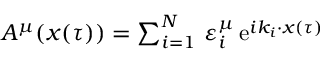
\begin{array} { r } { A ^ { \mu } ( x ( \tau ) ) = \sum _ { i = 1 } ^ { N } \, \varepsilon _ { i } ^ { \mu } \, \mathrm { e } ^ { i k _ { i } \cdot x ( \tau ) } } \end{array}